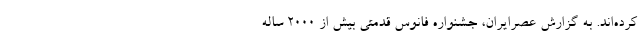
کرده‌اند. به گزارش عصرایران، جشنواره فانوس قدمتی بیش از 2000 ساله